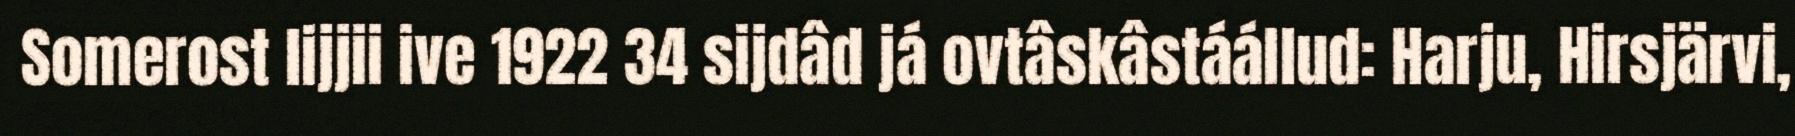
Somerost lijjii ive 1922 34 sijdâd já ovtâskâstáállud: Harju, Hirsjärvi,